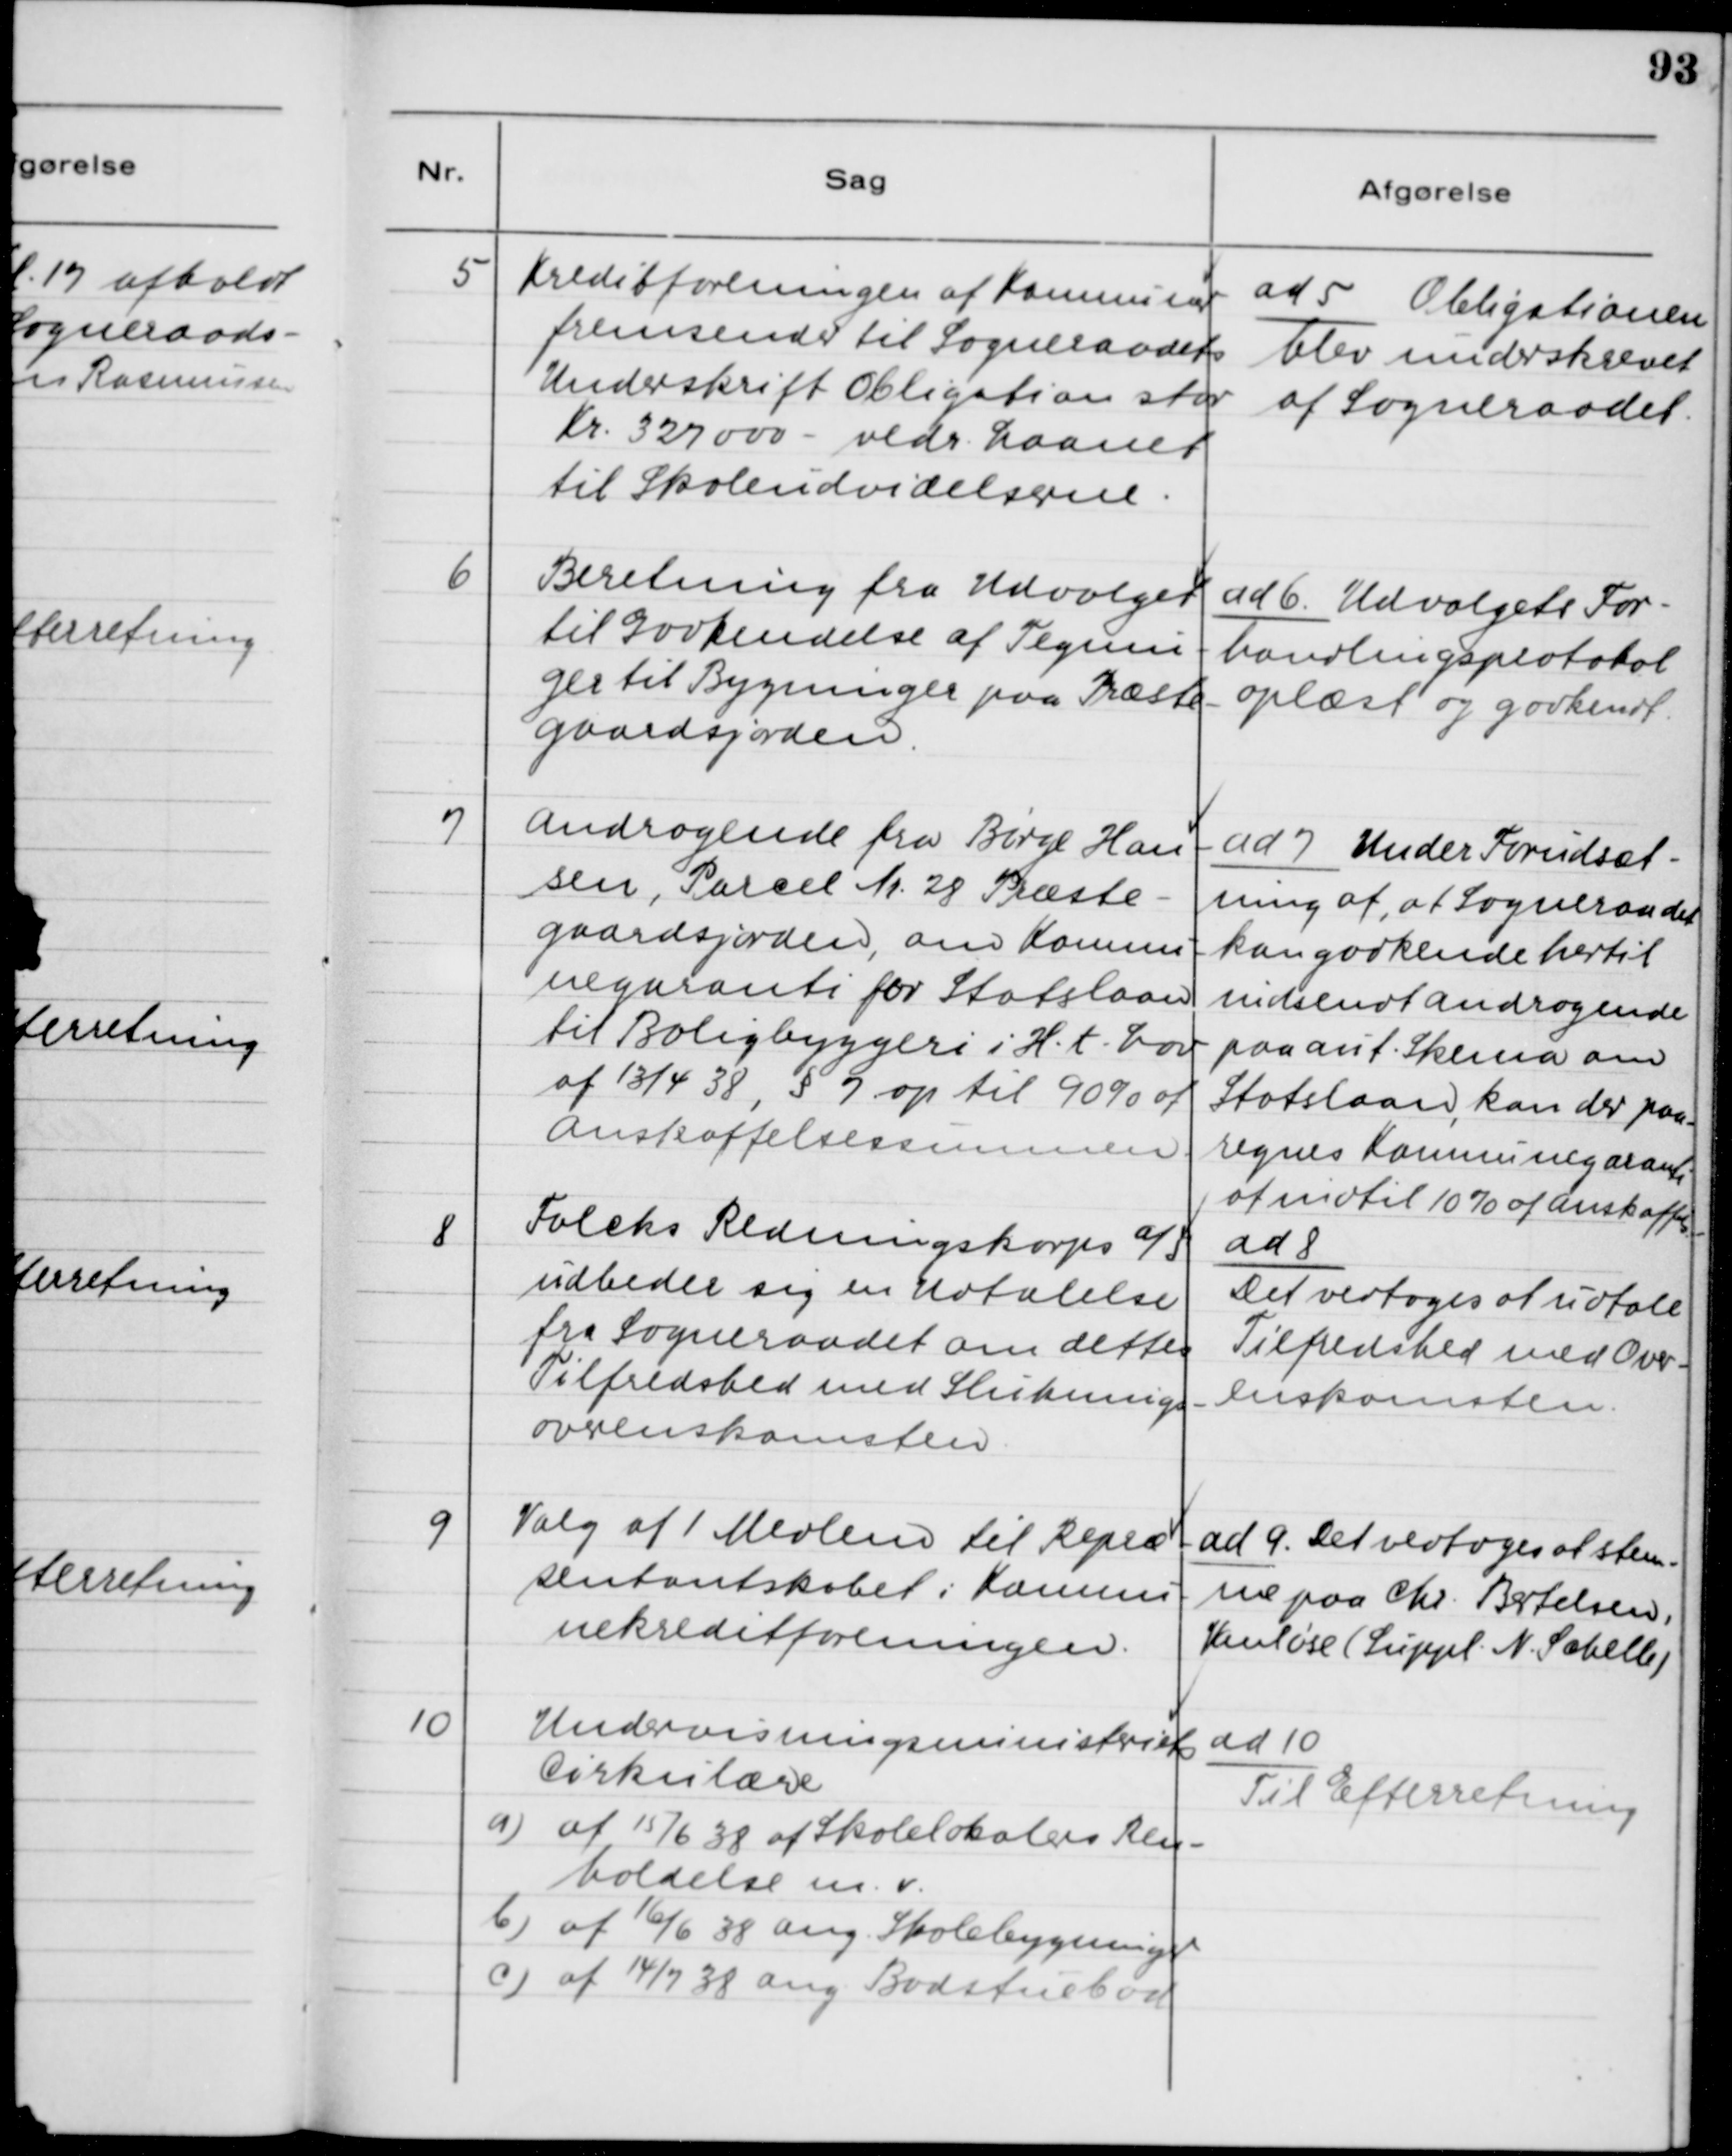
Transskription:
5. Kreditforeningen af Kommuner
fremsender til Sogneraadets
Underskrift Obligation stor
Kr. 327 000 - vedr. Laanet
til Skoleudvidelserne.

ad 5. Obligationen
blev underskrevet
af Sogneraadet.

6. Beretning fra Udvalget
til Godkendelse af Tegnin-
ger til Bygninger paa Præste-
gaardsjorden.

ad 6. Udvalgets For-
handlingsprotokol
oplæst og godkendt.

7. Andragende fra Børge Han-
sen, Parcel Nr. 28 Præste-
gaardsjorden, om Kommu-
negaranti for Statslaan
til Boligbyggeri i H.t. Lov
af 13/4 38, § 7 op til 90% af
Anskaffelsessummen.

ad 7. Under Forudsæt-
ning af, at Sogneraadet
kan godkende hertil
indsendt Andragende
paa aut. Skema om
Statslaan, kan der paa-
regnes Kommunegaranti
af indtil 10% af Anskaffels.

8. Falcks Redningskorps A/S
udbeder sig en Udtalelse
fra Sogneraadet om dettes
Tilfredshed med Sluknings-
overenskomsten.

ad 8.
Det vedtoges at udtale
Tilfredshed med Over-
enskomsten.

9. Valg af 1 Medlem til Repræ-
sentantskabet i Kommu-
nekreditforeningen.

ad 9. Det vedtoges at stem-
me paa Chr. Bertelsen,
Vanløse (Suppl. N. Sabelle)

10. Undervisningsministeriets
Cirkulære
a) af 15/6 38 af Skolelokalers Ren-
holdelse m.v.
b) af 16/6 38 ang. Skolebygninger
c) af 14/7 38 ang. Badstuebod

ad 10.
Til Efterretning.